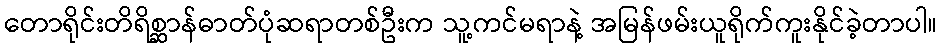
တောရိုင်းတိရိစ္ဆာန်ဓာတ်ပုံဆရာတစ်ဦးက သူ့ကင်မရာနဲ့ အမြန်ဖမ်းယူရိုက်ကူးနိုင်ခဲ့တာပါ။